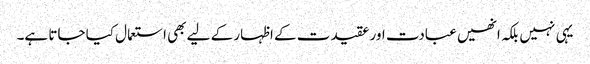
یہی نہیں بلکہ انھیں عبادت اور عقیدت کے اظہار کے لیے بھی استعمال کیا جاتا ہے۔